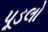
પૂડલો